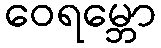
ဝေရမ္ဘော